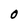
Character: 0